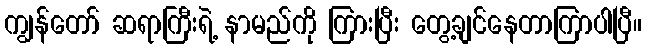
ကျွန်တော် ဆရာကြီးရဲ့ နာမည်ကို ကြားပြီး တွေ့ချင်နေတာကြာပါပြီ။